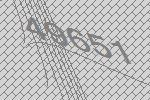
49651